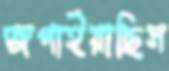
জপাইয়াছিস